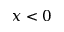
x < 0